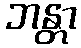
ဘန္တာ